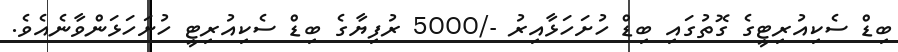
ބިޑް ސެކިއުރިޓީގެ ގޮތުގައި ބިޑް ހުށަހަޅާއިރު -/5000 ރުފިޔާގެ ބިޑް ސެކިއުރިޓީ ހުށަހަޅަންވާނެއެވެ.